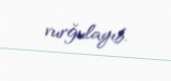
vurğulayıb.